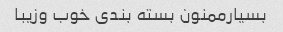
بسیارممنون بسته بندی خوب وزیبا